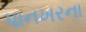
પાનખરના